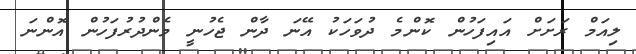
ލިއަމް ރަށަށް އައިފަހުން ކޮންމެ ދުވަހަކު އޭނަ ދާން ޖެހުނީ މެންދުރުފަހުން އޮންނަ